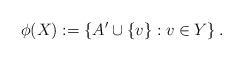
LaTeX: \begin{align*}\phi(X):=\left\{ A'\cup \{v\}:v\in Y\right\}. \end{align*}